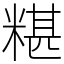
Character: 糂